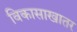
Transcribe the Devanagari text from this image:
विकासाखातर